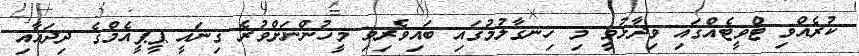
ކުރެއްވި ޓްވީޓެއްގައި ވިދާޅުވީ މި ހިނގާލުމުގައި ބައިވެރިވި މީހުންނަށްވުރެ ގިނައީ ޕީޕީއެމްގެ ދިދައާއި